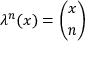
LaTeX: \lambda ^ { n } ( x ) = { \binom { x } { n } }